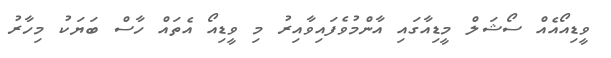
ވީޑިއޯއެއް ސޯޝަލް މީޑިއާގައި އާންމުވެފައިވާއިރު މި ވީޑިއޯ އެތައް ހާސް ބަޔަކު މިހާރު